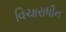
વિચારાધીન